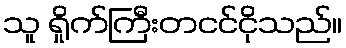
သူ ရှိုက်ကြီးတငင်ငိုသည်။